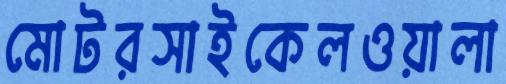
মোটরসাইকেলওয়ালা